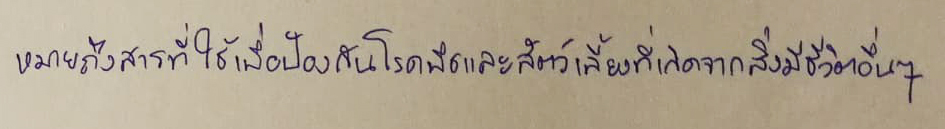
หมายถึงสารที่ใช้เพื่อป้องกันโรคพืชและสัตว์เลี้ยงที่เกิดจากสิ่งมีชีวิตอื่นๆ